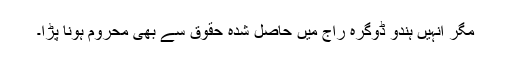
مگر انہیں ہندو ڈوگرہ راج میں حاصل شدہ حقوق سے بھی محروم ہونا پڑا۔